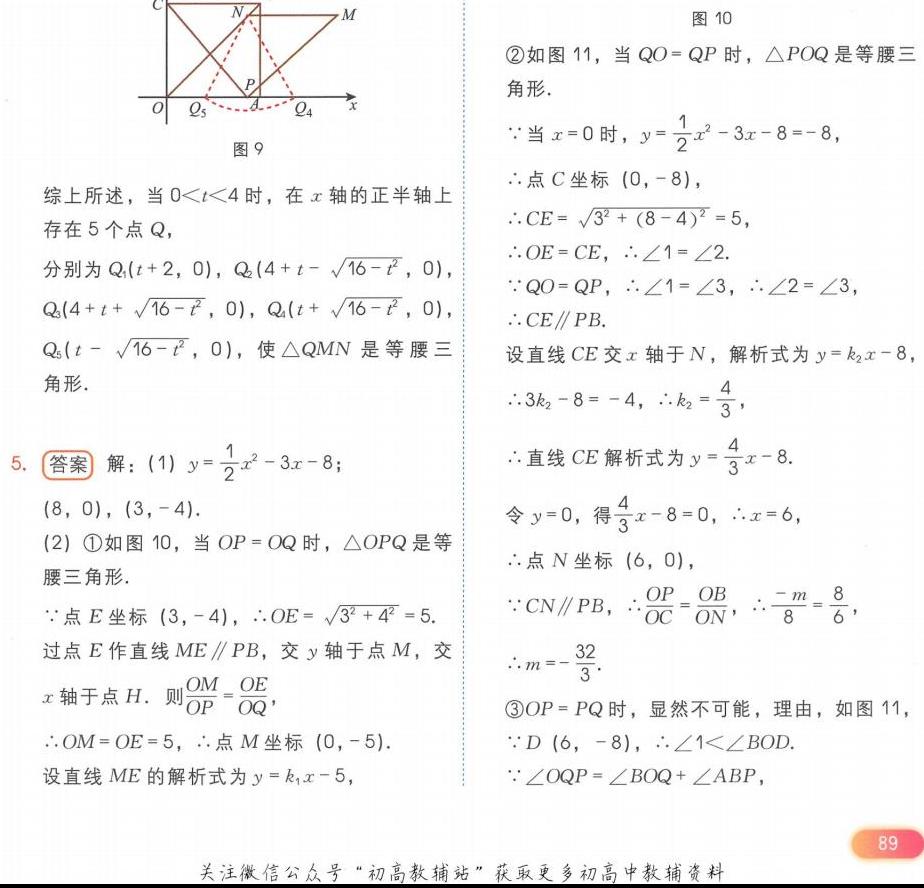
图9
![图9](https://pic2.zhimg.com/v2-8a8c89c8c99d89d9d9d9d9d9d9d9d9d9_b.jpg)
图10
![图10](https://pic2.zhimg.com/v2-8a8c89c8c99d89d9d9d9d9d9d9d9d9d9_b.jpg)
图11
综上所述，当\(0 < t<4\)时，在\(x\)轴的正半轴上
存在\(5\)个点\(Q\)，
分别为\(Q_1(t + 2,0)\)，\(Q_2(4 + t-\sqrt{16 - t^{2}},0)\)，
\(Q_3(4 + t+\sqrt{16 - t^{2}},0)\)，\(Q_4(t+\sqrt{16 - t^{2}},0)\)，
\(Q_5(t-\sqrt{16 - t^{2}},0)\)，使\(\triangle QMN\)是等腰三
角形.
5. 答案 解：(1)\(y=\frac{1}{2}x^{2}-3x - 8\)；
\((8,0)\)，\((3,-4)\).
(2) \textcircled{1}如图10，当\(OP = OQ\)时，\(\triangle OPQ\)是等
腰三角形.
\(\because\)点\(E\)坐标\((3,-4)\)，\(\therefore OE=\sqrt{3^{2}+4^{2}} = 5\).
过点\(E\)作直线\(ME\parallel PB\)，交\(y\)轴于点\(M\)，交
\(x\)轴于点\(H\). 则\(\frac{OM}{OP}=\frac{OE}{OQ}\)，
\(\therefore OM = OE = 5\)，\(\therefore\)点\(M\)坐标\((0,-5)\).
设直线\(ME\)的解析式为\(y = k_1x-5\)，
\textcircled{2}如图11，当\(QO = QP\)时，\(\triangle POQ\)是等腰三
角形.
\(\because\)当\(x = 0\)时，\(y=\frac{1}{2}x^{2}-3x - 8=-8\)，
\(\therefore\)点\(C\)坐标\((0,-8)\)，
\(\therefore CE=\sqrt{3^{2}+(8 - 4)^{2}} = 5\)，
\(\therefore OE = CE\)，\(\therefore\angle1=\angle2\).
\(\because QO = QP\)，\(\therefore\angle1=\angle3\)，\(\therefore\angle2=\angle3\)，
\(\therefore CE\parallel PB\).
设直线\(CE\)交\(x\)轴于\(N\)，解析式为\(y = k_2x-8\)，
\(\therefore3k_2-8=-4\)，\(\therefore k_2=\frac{4}{3}\)，
\(\therefore\)直线\(CE\)解析式为\(y=\frac{4}{3}x - 8\).
令\(y = 0\)，得\(\frac{4}{3}x-8 = 0\)，\(\therefore x = 6\)，
\(\therefore\)点\(N\)坐标\((6,0)\)，
\(\because CN\parallel PB\)，\(\therefore\frac{OP}{OC}=\frac{OB}{ON}\)，\(\therefore\frac{-m}{8}=\frac{8}{6}\)，
\(\therefore m=-\frac{32}{3}\).
\textcircled{3}\(OP = PQ\)时，显然不可能，理由，如图11，
\(\because D(6,-8)\)，\(\therefore\angle1<\angle BOD\).
\(\because\angle OQP=\angle BOQ+\angle ABP\)，
关注微信公众号“初高教辅站”获取更多初高中教辅资料
89